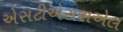
એસટીએસસએલ